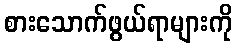
စားသောက်ဖွယ်ရာများကို